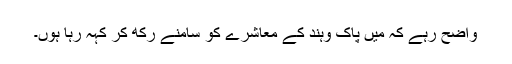
واضح رہے کہ میں پاک وہند کے معاشرے کو سامنے رکھ کر کہہ رہا ہوں۔